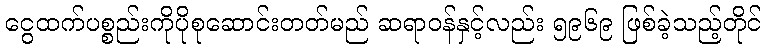
ငွေထက်ပစ္စည်းကိုပိုစုဆောင်းတတ်မည် ဆရာဝန်နှင့်လည်း ၅၉၆၉ ဖြစ်ခဲ့သည့်တိုင်